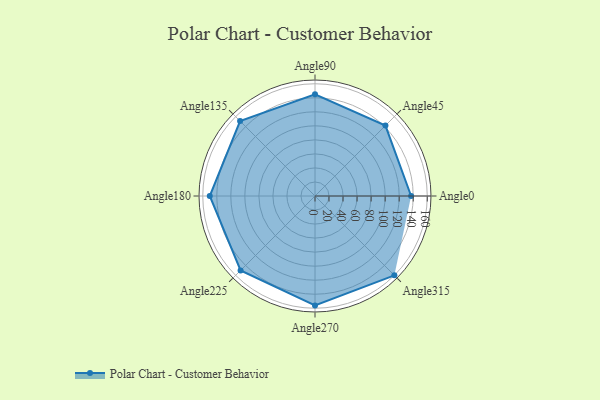
{"axis": {"x": "Angle", "y": "Radius"}, "legend": [""], "data": [{"x": "Angle0", "y": 137.0, "type": ""}, {"x": "Angle45", "y": 142.0, "type": ""}, {"x": "Angle90", "y": 145.0, "type": ""}, {"x": "Angle135", "y": 151.0, "type": ""}, {"x": "Angle180", "y": 150.0, "type": ""}, {"x": "Angle225", "y": 150.0, "type": ""}, {"x": "Angle270", "y": 156.0, "type": ""}, {"x": "Angle315", "y": 160.0, "type": ""}]}